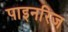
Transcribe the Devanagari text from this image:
पाइनरिज